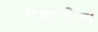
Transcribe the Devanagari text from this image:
महाचैत्‍य